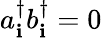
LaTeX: a_{\mathbf{i}}^{\dagger}b_{\mathbf{i}}^{\dagger}=0